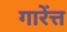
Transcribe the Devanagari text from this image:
गारेंत्त